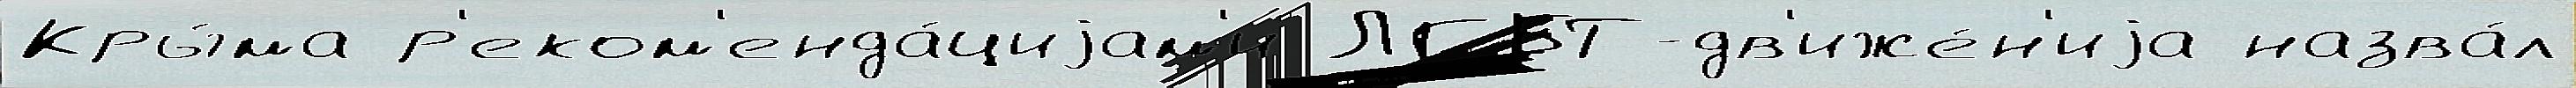
Кры́ма р'еком'енда́циjам'и ЛГБТ-дв'иже́н'иjа назва́л